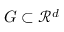
G \subset \mathcal { R } ^ { d }